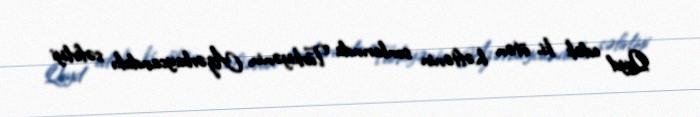
Qeyd edək ki, ötən həftənin sonlarında Türkiyənin Azərbaycandakı səfirliyi